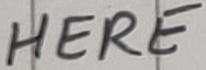
Text: HERE